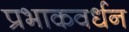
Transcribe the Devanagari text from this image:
प्रभाकवर्धन